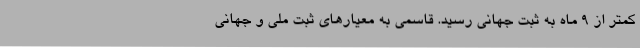
کمتر از 9 ماه به ثبت جهانی رسید. قاسمی به معیارهای ثبت ملی و جهانی